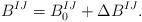
LaTeX: \begin{align*}B^{IJ} = B^{IJ}_0 + \Delta B^{IJ}.\end{align*}